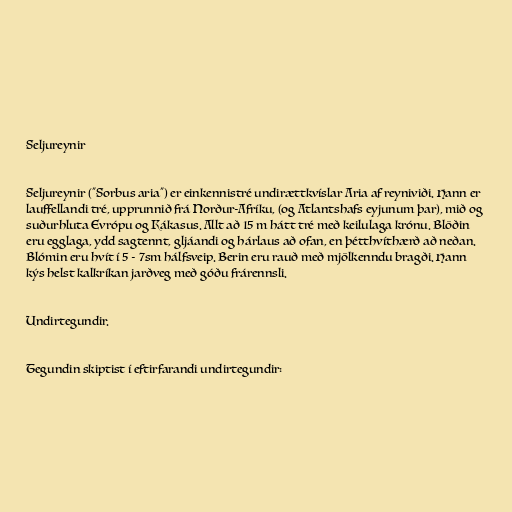
Seljureynir

Seljureynir ("Sorbus aria") er einkennistré undirættkvíslar Aria af reyniviði. Hann er
lauffellandi tré, upprunnið frá Norður-Afríku, (og Atlantshafs eyjunum þar), mið og
suðurhluta Evrópu og Kákasus. Allt að 15 m hátt tré með keilulaga krónu. Blöðin
eru egglaga, ydd sagtennt, gljáandi og hárlaus að ofan, en þétthvíthærð að neðan.
Blómin eru hvít í 5 - 7sm hálfsveip. Berin eru rauð með mjölkenndu bragði. Hann
kýs helst kalkríkan jarðveg með góðu frárennsli.

Undirtegundir.

Tegundin skiptist í eftirfarandi undirtegundir: